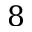
8